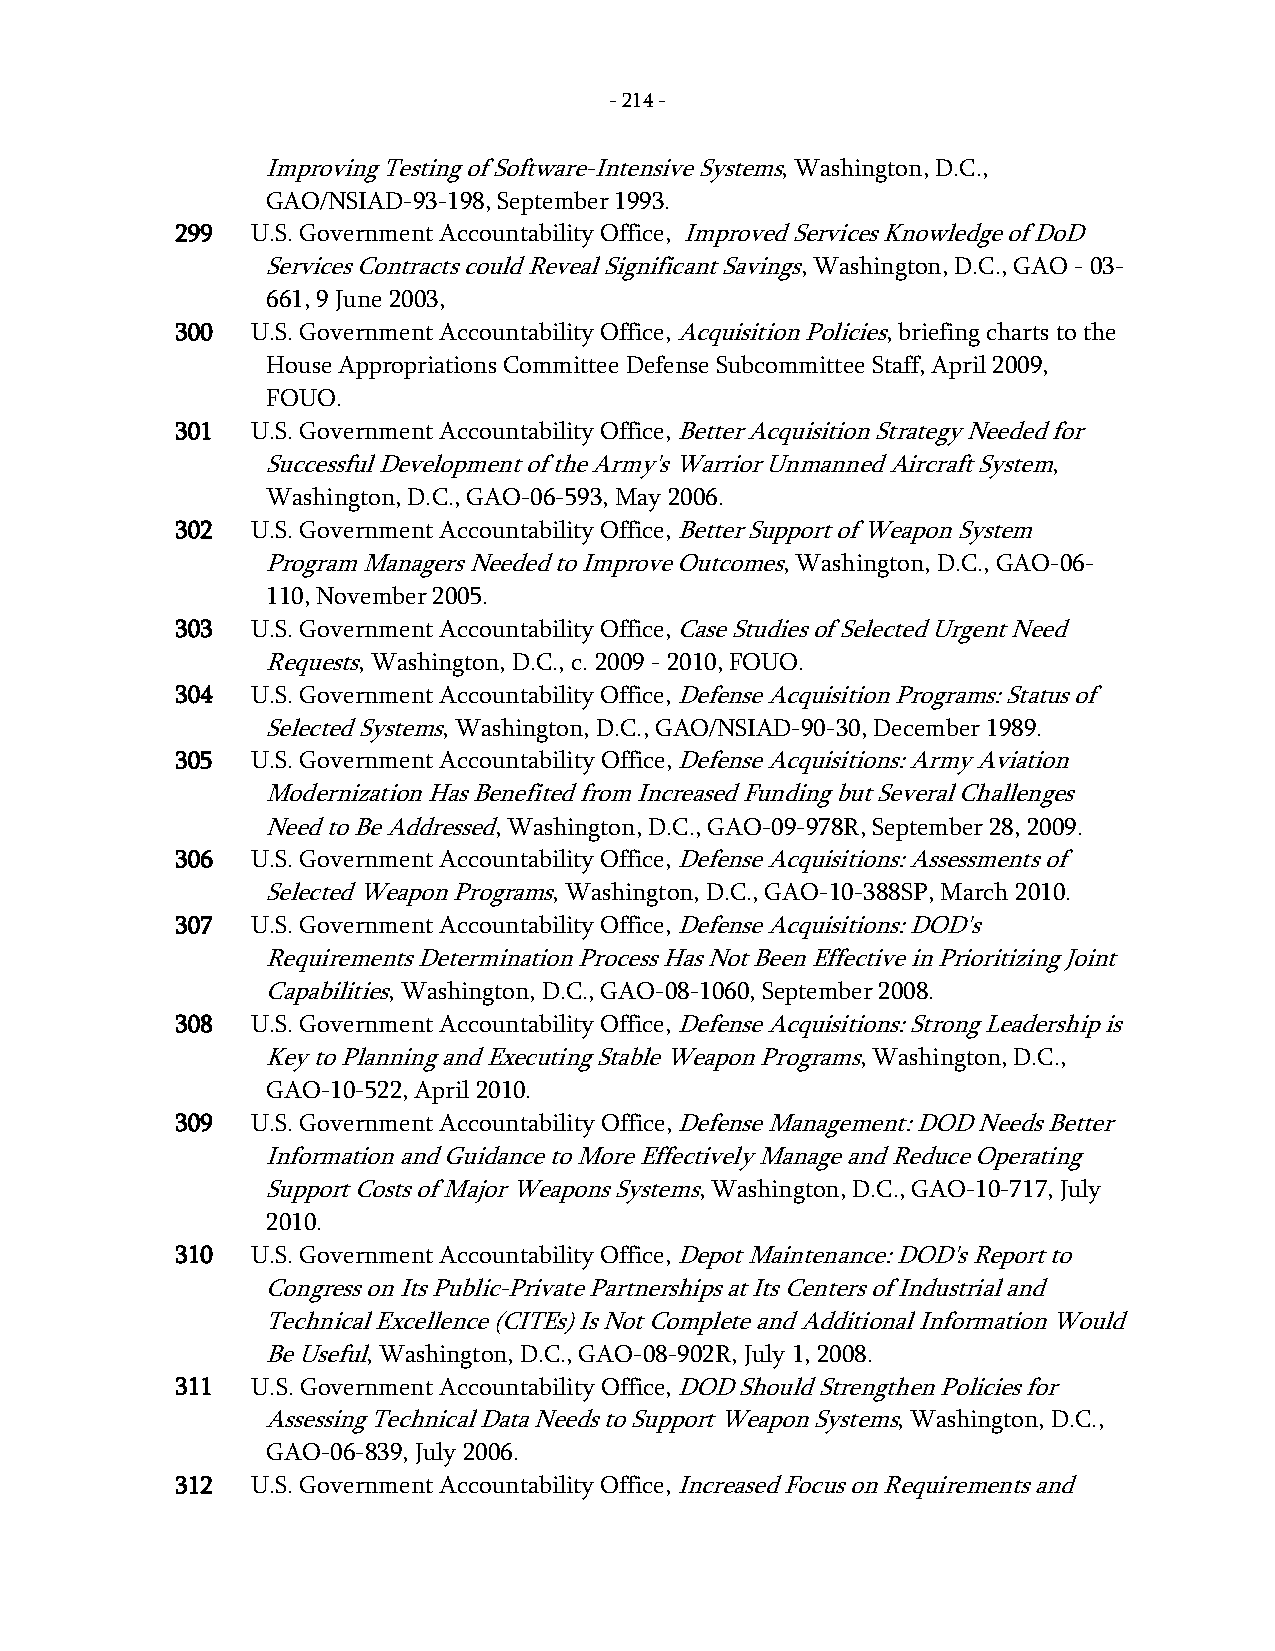
- 214 -
 Improving Testing of Software-Intensive Systems, Washington, D.C.,
 GAO/NSIAD-93-198, September 1993.
 299  U.S. Government Accountability Office, Improved Services Knowledge of DoD
 Services Contracts could Reveal Significant Savings, Washington, D.C., GAO - 03-
 661, 9 June 2003,
 300  U.S. Government Accountability Office, Acquisition Policies, briefing charts to the
 House Appropriations Committee Defense Subcommittee Staff, April 2009,
 FOUO.
 301  U.S. Government Accountability Office, Better Acquisition Strategy Needed for
 Successful Development of the Army's Warrior Unmanned Aircraft System,
 Washington, D.C., GAO-06-593, May 2006.
 302  U.S. Government Accountability Office, Better Support of Weapon System
 Program Managers Needed to Improve Outcomes, Washington, D.C., GAO-06-
 110, November 2005.
 303  U.S. Government Accountability Office, Case Studies of Selected Urgent Need
 Requests, Washington, D.C., c. 2009 - 2010, FOUO.
 304  U.S. Government Accountability Office, Defense Acquisition Programs: Status of
 Selected Systems, Washington, D.C., GAO/NSIAD-90-30, December 1989.
 305  U.S. Government Accountability Office, Defense Acquisitions: Army Aviation
 Modernization Has Benefited from Increased Funding but Several Challenges
 Need to Be Addressed, Washington, D.C., GAO-09-978R, September 28, 2009.
 306  U.S. Government Accountability Office, Defense Acquisitions: Assessments of
 Selected Weapon Programs, Washington, D.C., GAO-10-388SP, March 2010.
 307  U.S. Government Accountability Office, Defense Acquisitions: DOD's
 Requirements Determination Process Has Not Been Effective in Prioritizing Joint
 Capabilities, Washington, D.C., GAO-08-1060, September 2008.
 308  U.S. Government Accountability Office, Defense Acquisitions: Strong Leadership is
 Key to Planning and Executing Stable Weapon Programs, Washington, D.C.,
 GAO-10-522, April 2010.
 309  U.S. Government Accountability Office, Defense Management: DOD Needs Better
 Information and Guidance to More Effectively Manage and Reduce Operating
 Support Costs of Major Weapons Systems, Washington, D.C., GAO-10-717, July
 2010.
 310  U.S. Government Accountability Office, Depot Maintenance: DOD's Report to
 Congress on Its Public-Private Partnerships at Its Centers of Industrial and
 Technical Excellence (CITEs) Is Not Complete and Additional Information Would
 Be Useful, Washington, D.C., GAO-08-902R, July 1, 2008.
 311  U.S. Government Accountability Office, DOD Should Strengthen Policies for
 Assessing Technical Data Needs to Support Weapon Systems, Washington, D.C.,
 GAO-06-839, July 2006.
 312  U.S. Government Accountability Office, Increased Focus on Requirements and
 -
 214
 -